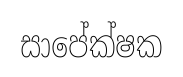
සාපේක්ෂක